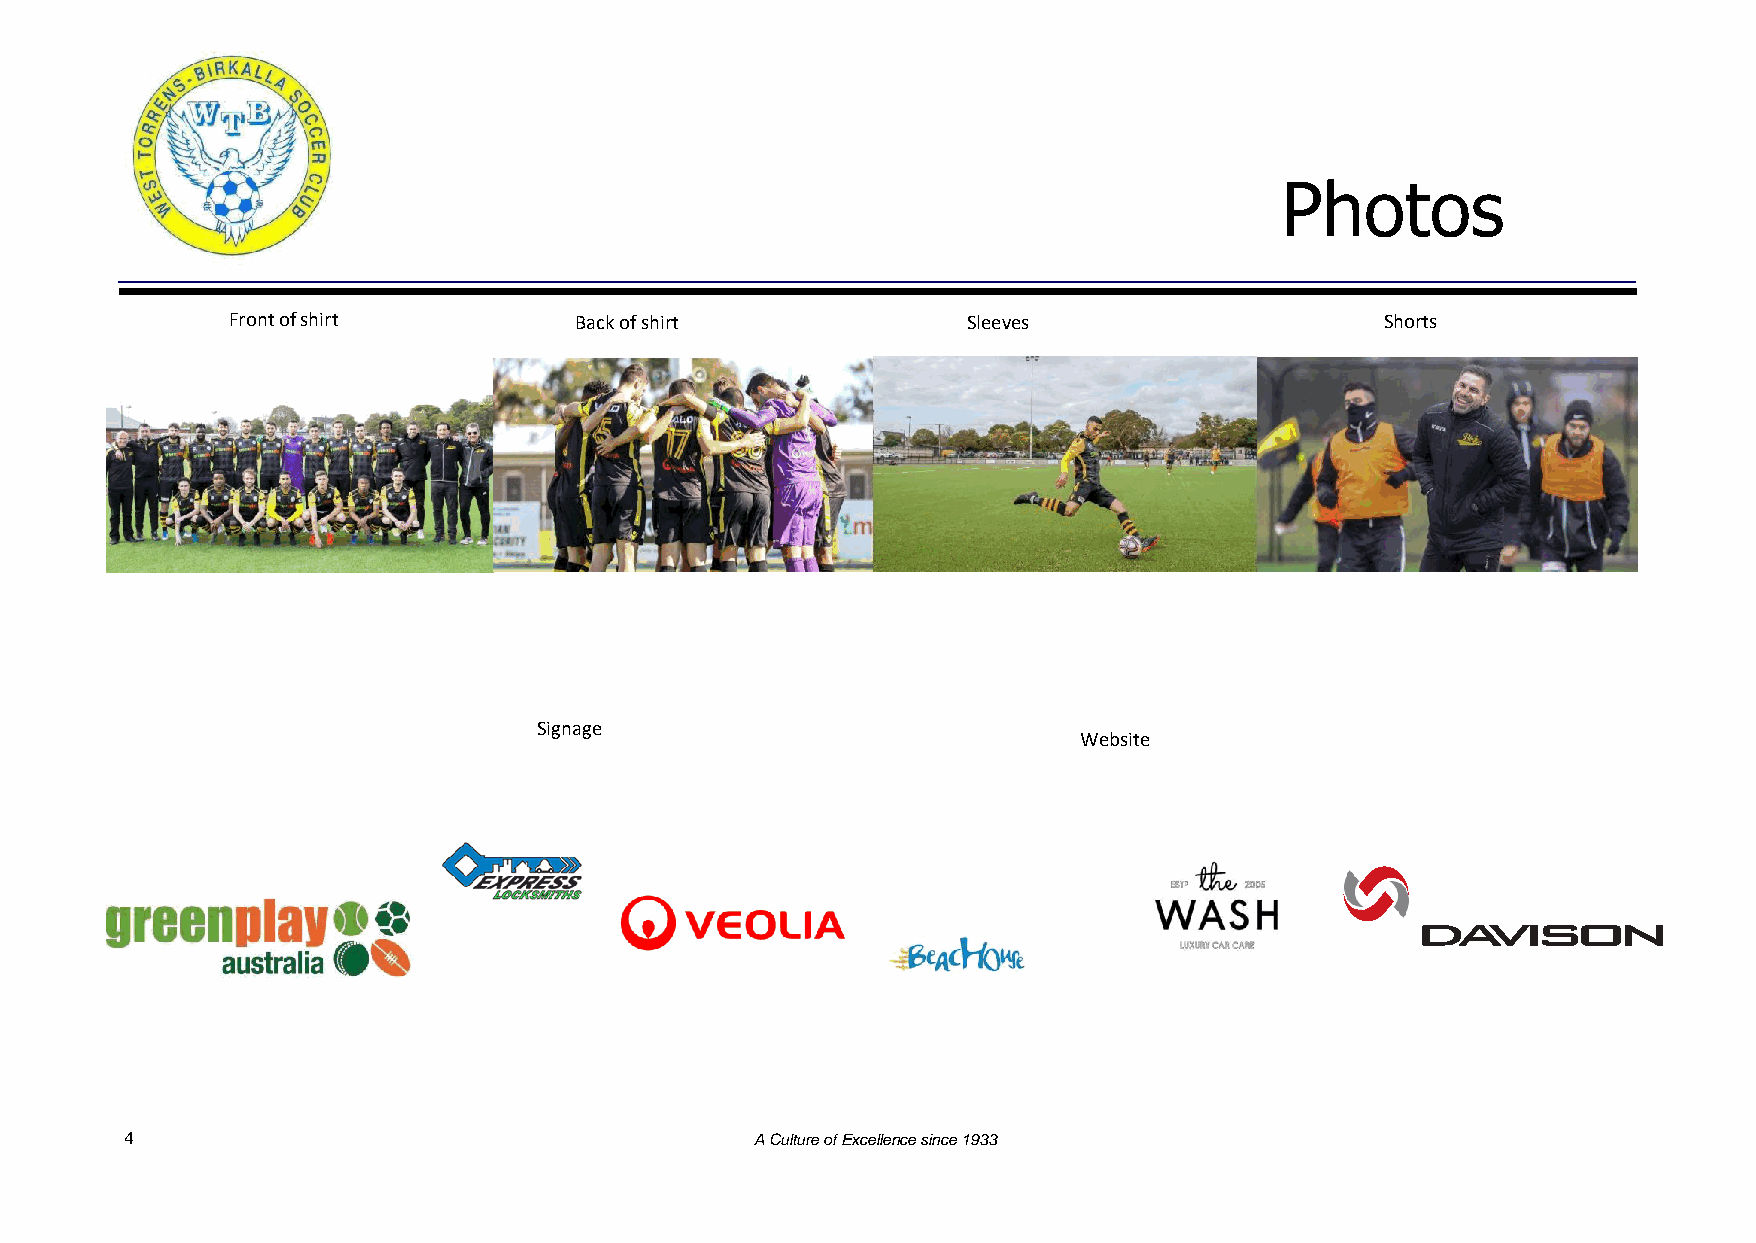
Photos
 Front of shirt         Back of shirt             Sleeves                     Shorts
 Signage
 Website
 4                                         A Culture of Excellence since 1933